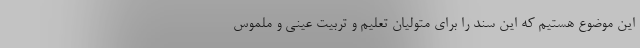
این موضوع هستیم که این سند را برای متولیان تعلیم و تربیت عینی و ملموس